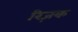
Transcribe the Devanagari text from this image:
रिज़क